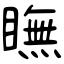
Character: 瞴